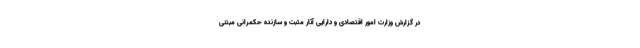
در گزارش وزارت امور اقتصادی و دارایی آثار مثبت و سازنده حکمرانی مبتنی